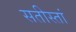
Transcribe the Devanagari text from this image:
सतीस्तां